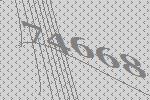
74668